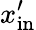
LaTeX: x_{\mathrm{in}}^{\prime}